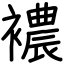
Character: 襛